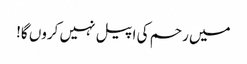
میں رحم کی اپیل نہیں کروں گا!